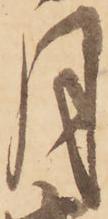
月